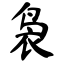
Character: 袅